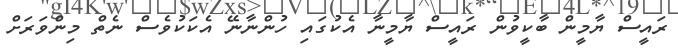
ރައީސް ޔާމީން ބާކީވުން ރައީސް ޔާމީނާ އެކުގައި ހުންނާނޭ އެކަކުވެސް ނެތް މިންވަރަށް